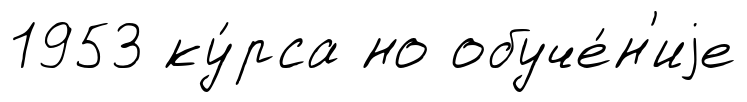
1953 ку́рса но обуче́н'иjе